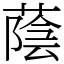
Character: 蔭